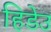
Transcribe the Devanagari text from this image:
हिडेउ